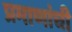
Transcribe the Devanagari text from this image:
प्रमाणांची